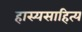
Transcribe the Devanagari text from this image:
हास्यसाहित्य